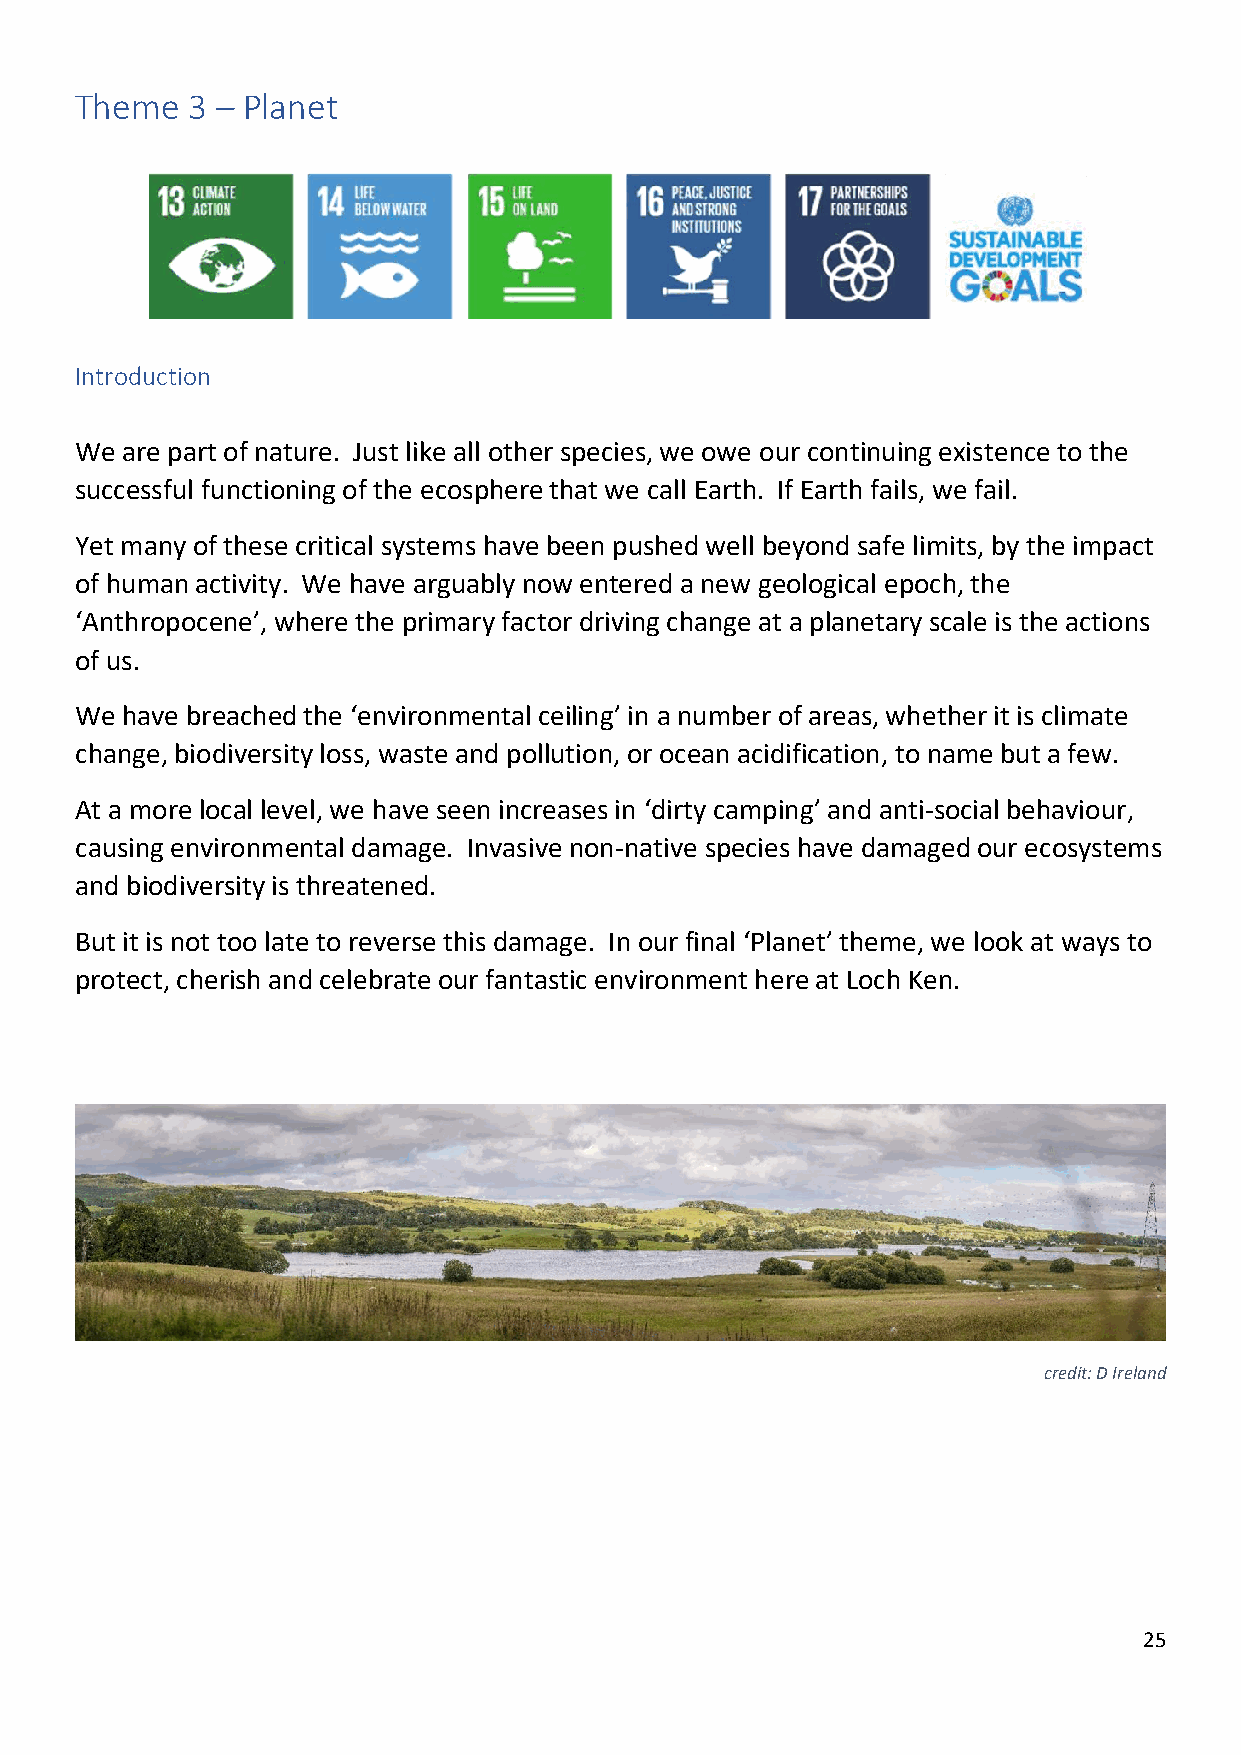
Theme  3 – Planet
 Introduction
 We are part of nature. Just like all other species, we owe our continuing existence to the
 successful functioning of the ecosphere that we call Earth. If Earth fails, we fail.
 Yet many of these critical systems have been pushed well beyond safe limits, by the impact
 of human activity. We have arguably now entered a new geological epoch, the
 ‘Anthropocene’, where the primary factor driving change at a planetary scale is the actions
 of us.
 We have breached the ‘environmental ceiling’ in a number of areas, whether it is climate
 change, biodiversity loss, waste and pollution, or ocean acidification, to name but a few.
 At a more local level, we have seen increases in ‘dirty camping’ and anti-social behaviour,
 causing environmental damage. Invasive non-native species have damaged our ecosystems
 and biodiversity is threatened.
 But it is not too late to reverse this damage. In our final ‘Planet’ theme, we look at ways to
 protect, cherish and celebrate our fantastic environment here at Loch Ken.
 credit: D Ireland
 25